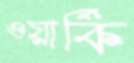
ওয়ার্কি